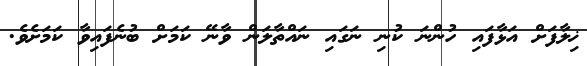
ޚިލާފަށް އަޅާފައި ހުންނަ ކުނި ނަގައި ނައްތާލަން ވާނޭ ކަމަށް ބުނެފައިވާ ކަމަށެވެ.